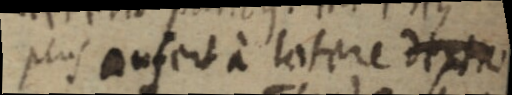
plus aufert a latere dextro